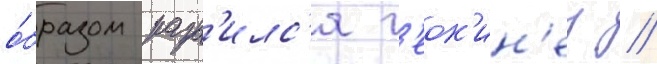
о́бразом разв'илс'я г'еок'ин'ез //